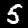
Label: 5